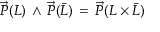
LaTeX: \overrightarrow { P } ( L ) \, \wedge \, \overrightarrow { P } ( \bar { L } ) \, = \, \overrightarrow { P } ( L \times \bar { L } )